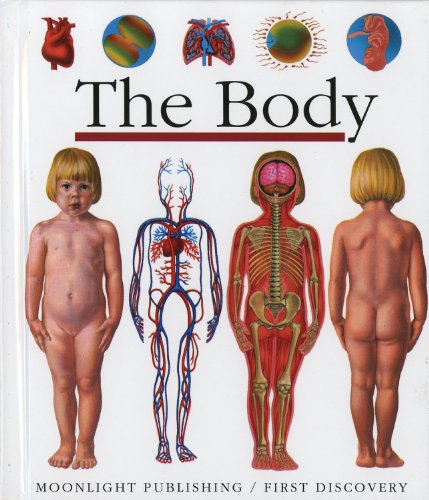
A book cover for The Body (First Discoveries); Sylvaine Peyrols; Children's Books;